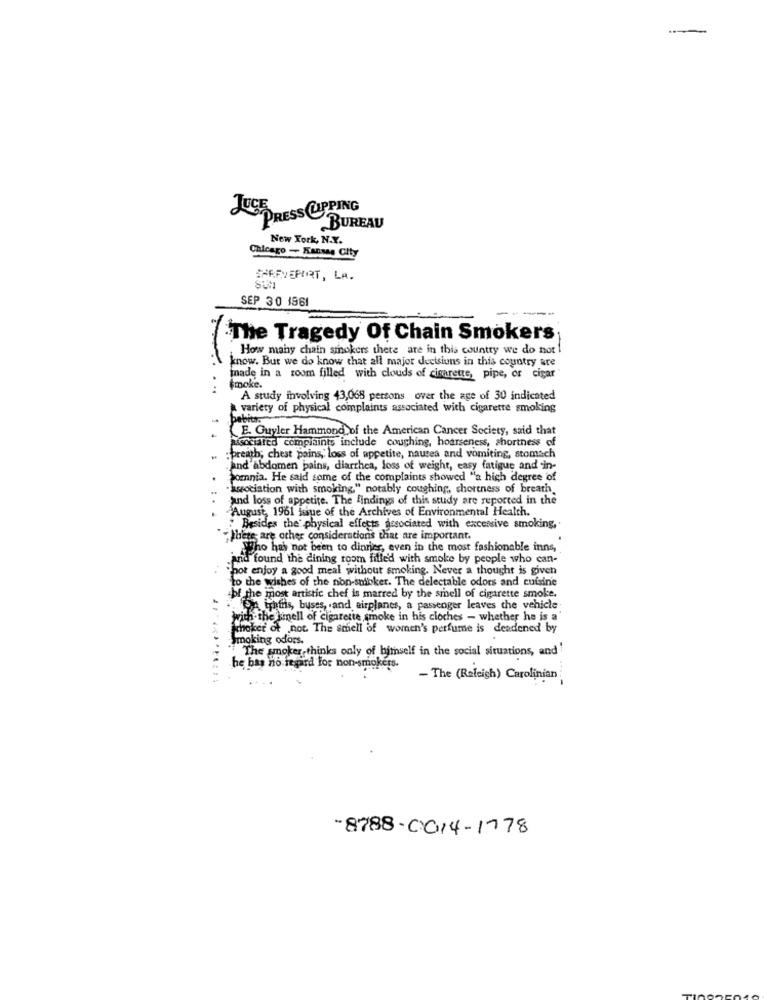
PRESS CUPPING
BUREAU
New York, N.Y.
Chicago - Kansas City
BAREVSPORT, LA.
SEP 30 1961
----
"The Tragedy Of Chain Smokers
How many chain smokers there are in this country we do not
know. But we do know that all major deetsiuns in this country are
made in a room filled with clouds of cisarette, pipe, or cigar
smoke.
A study involving 43,068 persons over the age of 30 indicated
variety of physical complaints associated with cigarette smoking
E. Guyler Hammond of the American Cancer Society, said that
Associated complaints include coughing, hoarseness, shortness of
: breath; chest pains,' loss of appetite, nausea and vomiting, stomach
and'abdomen pains, diarrhea, loss of weight, easy fatigue and in-
Pomnia. He said some of the complaints showed "a high degree of
"association with smoking." notably coughing, shortness of breath
and loss of appetite. The findings of this study are reported in the
August, 1961 issue of the Archives of Environmental Health.
... .
Besides the' physical effects desociated with excessive smoking,
There are other considerations that are important.
. Who has not been to dinner, even in the most fashionable inns,
and found the dining room filled with smoke by people who can-
hot enjoy a good meal without smoking. Never a thought is given
to the wishes of the non-shibker. The delectable odors and cuisine
of the most artistic chef is marred by the smell of cigarette smoke.
OA trhthis, buses, and airplanes, a passenger leaves the vehicle
with the smell of cigarette smoke in his clothes - whether he is a'
Schoker of not. The smell of women's perfume is deadened by
Smoking odors.
The smoker thinks only of himself in the social situations, and
he bas no regard for non-smokers.
- The (Raleigh) Carolinian
-8788-0014-1778